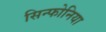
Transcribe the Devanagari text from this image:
सिन्फोनिया